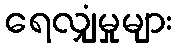
ရေလျှံမှုများ